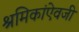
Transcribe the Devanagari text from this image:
श्रमिकांऐवजी